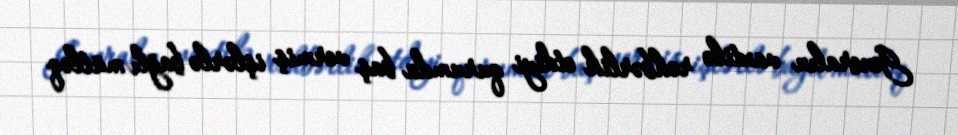
Generalın vaxtilə rəhbərlik etdiyi qurumda baş vermiş işlərlə bağlı mütləq